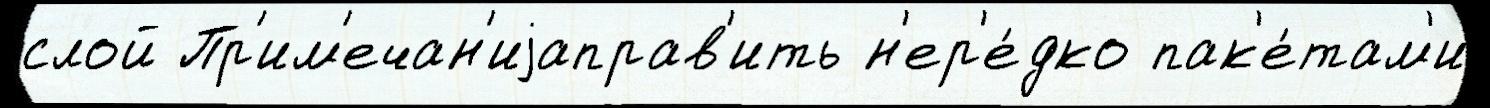
слой Пр'им'ечан'иjаправ'ить н'ер'е́дко пак'е́там'и